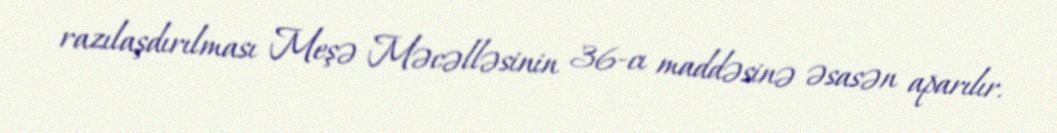
razılaşdırılması Meşə Məcəlləsinin 36-cı maddəsinə əsasən aparılır.